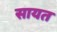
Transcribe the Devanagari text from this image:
सायत